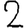
Digit: 2